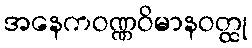
အနေကဝဏ္ဏဝိမာနဝတ္ထု